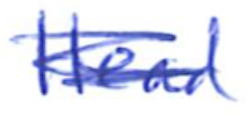
Text: Head
Cross-out: mix
Writing tool: ballpoint